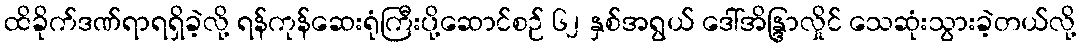
ထိခိုက်ဒဏ်ရာရရှိခဲ့လို့ ရန်ကုန်ဆေးရုံကြီးပို့ဆောင်စဉ် ၆၂ နှစ်အရွယ် ဒေါ်အိန္ဒြာလှိုင် သေဆုံးသွားခဲ့တယ်လို့